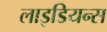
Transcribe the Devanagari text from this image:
लाइडियन्स